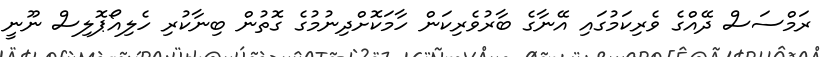
ރަމްސަސް ދޭއްގެ ވެރިކަމުގައި އޭނާގެ ބާރުވެރިކަން ހާމަކޮށްދިނުމުގެ ގޮތުން ބިނާކުރި ހެލިއޯޕޮލިސް ނޫނީ